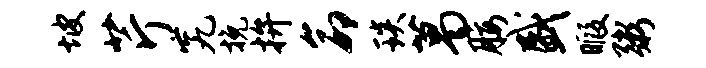
坡芹究挽拚命琰葛腰盛暇粥